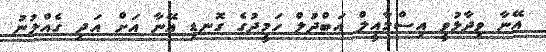
އޭނާ ވިދާޅުވީ އިސްމާއީލް އަބްދުލް ހަމީދުގެ ގޮނޑި އޭނާ އަށް އަދި ގެއްލުނު